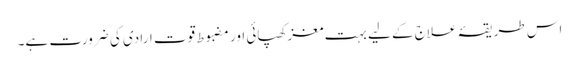
اس طریقۂ علاج کے لیے بہت مغز کھپائی اور مضبوط قوت ارادی کی ضرورت ہے۔